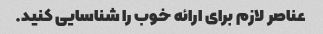
عناصر لازم برای ارائه خوب را شناسایی کنید.